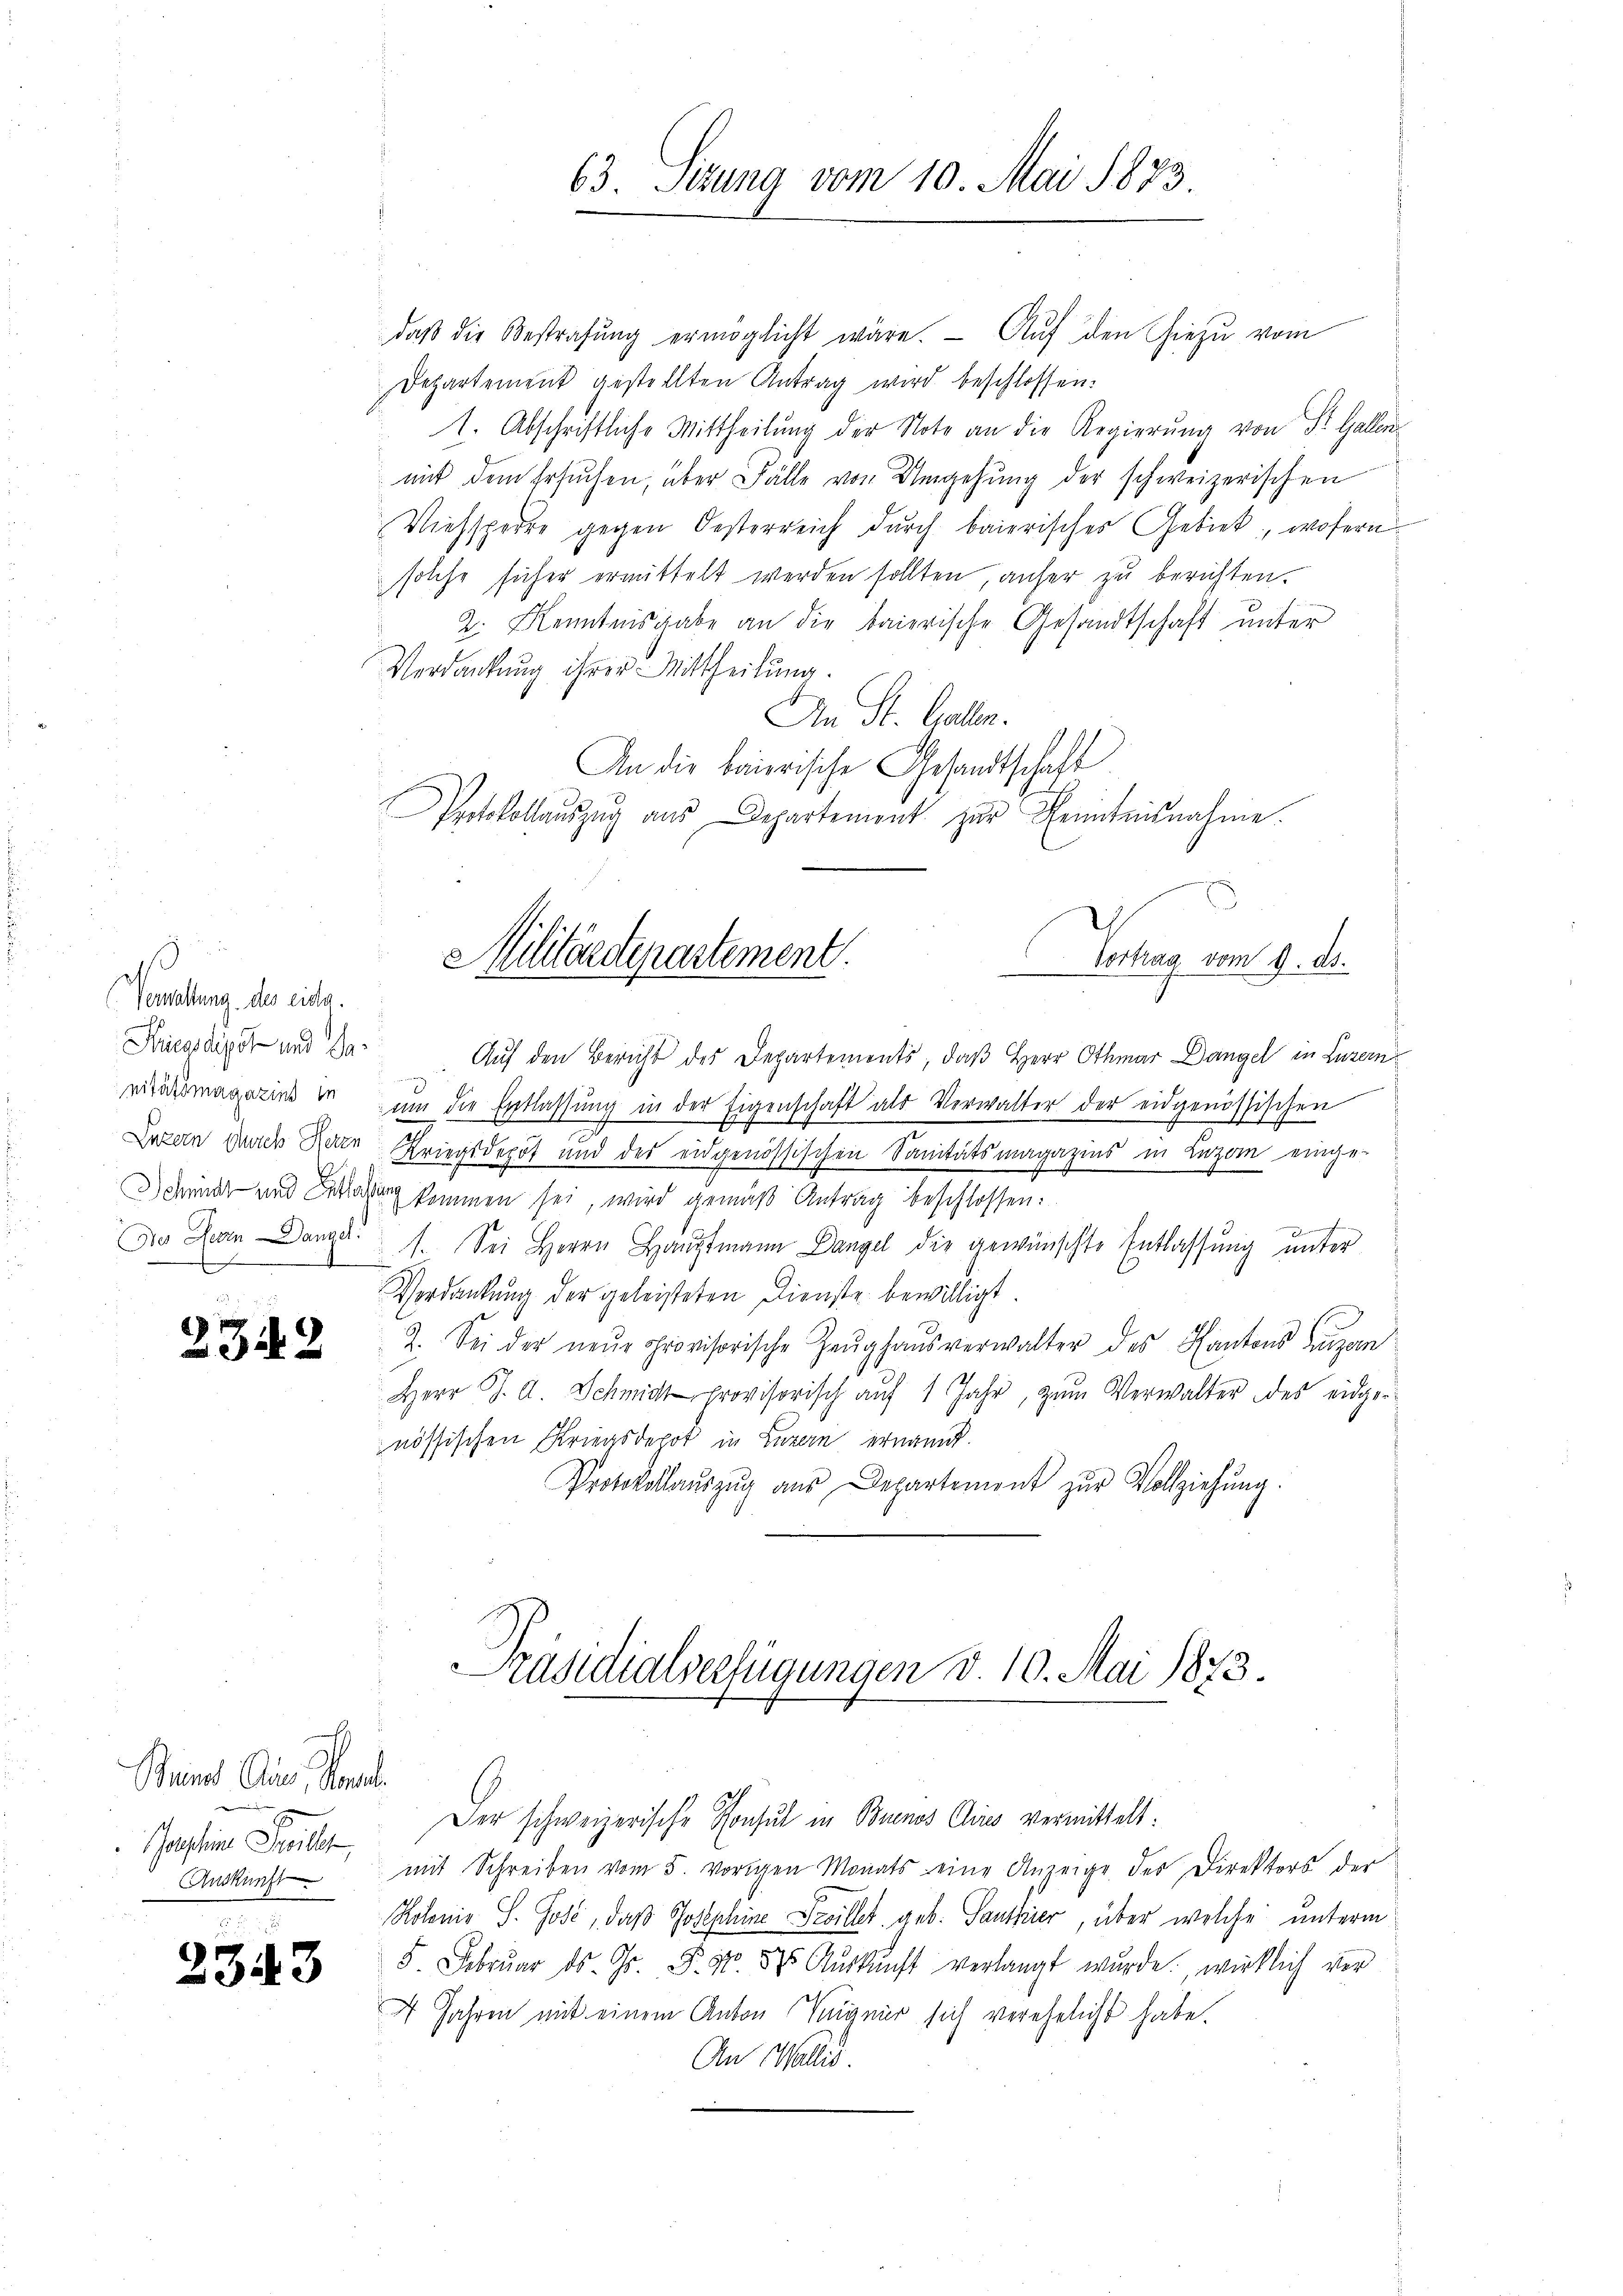
d
Verwaltung des eidg.
Hicssdigst und da
nitätsmagazins in
Luzern durch Herze
Schmidt und Entla
Der Garn angel.

2342

Beine Aus Gnade
x
Josephine Pavillet
Auskunft
.

2343

63. Sitzung vom 10. Mai 1873.

Militärdepartement.

daβ die Bestrafŭng ermöglicht wäre. Auf den hiezu vom
Departement gestellten Antrag wird beschlossen:
1. Abschriftliche Mittheilung der Note an die Regierŭng von St. Gallen
mit dem Ersuchen, über Fälle von Umgehung der schweizerischen
Viehsperre gegen Oesterreich durch baierisches Gebiet, wofern
solche sicher ermittelt werden sollten, anfer zu berichten.
2. Kenntnisgabe an die baierische Gesandtschaft unter
Verdankung ihrer Mittheilung.
An St. Gallen.
An die baierische Gesandtschaft
Protokollaŭszŭg aŭs Departement zur Kenntnisnahme.
2
Vortrag vom 9. ds.
Auf den Bericht des Departements, daß Herr Othmar Dangel in Luzern
ŭm die Entlassŭng in der Eigenschaft als Verwalter der eidgenössischen
e
Kriegsdepot und der eidgenössischen Sanitätsmagazins in Luzem einge-
g kommen sei, wird gemäß Antrag beschlossen:
e
1. Sei Herrn Hauptmann Dangel die gewünschte Entlassung unter
Verdankung der geleisteten Dienste bewilligt
Z. Sei der neŭe provisorische Zeŭghaŭsverwalter des Kantons Luzern
Herr J. A. Schmidt provisorisch aŭf 1 Jahr, zum Verwalter des eidgenössischen Kriegsdepot in Luzern ernannt.
Protokollaŭszŭg aŭs Departement zŭr Vollziehung.
Präsidialverfügungen d. 10. Mai 1873.
Der schweizerische Konsul in Buenos Aires vermittelt:
mit Schreiben vom 5. vorigen Monats eine Anzeige des Direktors der
Kolonio S. Gose, daß Josephine Freillet geb. Santier, über welche unterm
5 Febrŭar ds Gr. P. Nr. 575 Aŭskŭnft verlangt wurde, wirklich vor
4 Jahren mit einem Anton Teig nur sich verehelicht habe.
An Wallis.